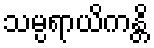
သမ္ပရာယိကန္တိ